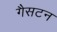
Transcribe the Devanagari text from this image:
गैसटन